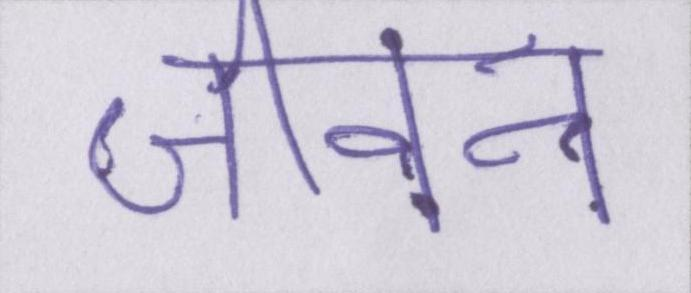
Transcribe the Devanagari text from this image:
जीवन